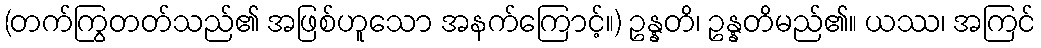
(တက်ကြွတတ်သည်၏ အဖြစ်ဟူသော အနက်ကြောင့်။) ဥန္နတိ၊ ဥန္နတိမည်၏။ ယဿ၊ အကြင်